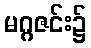
မဂ္ဂဇင်း၌